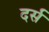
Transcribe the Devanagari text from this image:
दर्स